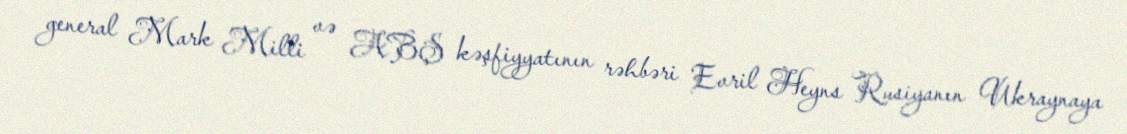
general Mark Milli və ABŞ kəşfiyyatının rəhbəri Evril Heyns Rusiyanın Ukraynaya